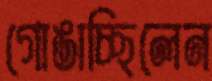
গোঙাচ্ছিলেন